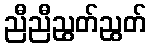
ညီညီညွတ်ညွတ်